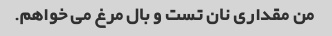
من مقداری نان تست و بال مرغ می خواهم.